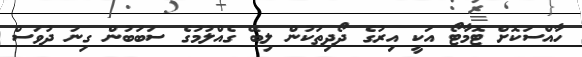
ހާއްސަކޮށް ޓޮމާޓޯ އަކީ އިރުގެ ދޯދިތަކުން ލިބޭ ގެއްލުމުގެ ސަބަބުން ގިނަ ދުވަސް